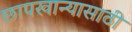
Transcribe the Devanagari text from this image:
छापखान्यासाठी